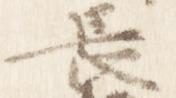
長